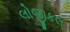
લોજીકલ